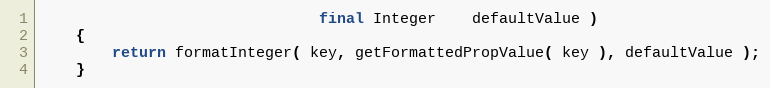
Language: Java
                               final Integer    defaultValue )
    {
        return formatInteger( key, getFormattedPropValue( key ), defaultValue );
    }